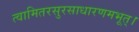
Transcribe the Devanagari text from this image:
त्वामितरसुरसाधारणमभूत्।